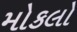
મોકલો